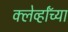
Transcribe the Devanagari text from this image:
क्लेर्व्हॉच्या